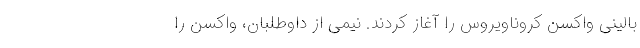
بالینی واکسن کروناویروس را آغاز کردند. نیمی از داوطلبان، واکسن را